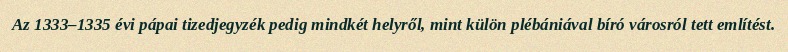
Az 1333–1335 évi pápai tizedjegyzék pedig mindkét helyről, mint külön plébániával bíró városról tett említést.